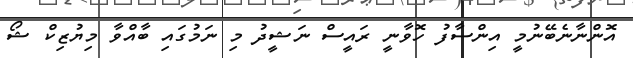
އޮންނާނެބޭނުމީ އިންސާފު ހޮވާނީ ރައީސް ނަޝީދު މި ނަމުގައި ބާއްވާ މިޔުޒިކް ޝޯ